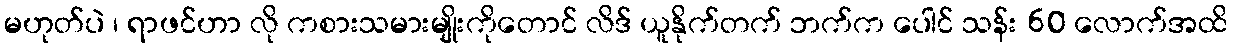
မဟုတ်ပဲ ၊ ရာဖင်ဟာ လို ကစားသမားမျိုးကိုတောင် လိဒ် ယူနိုက်တက် ဘက်က ပေါင် သန်း 60 လောက်အထိ